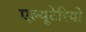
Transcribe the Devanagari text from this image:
एल्यूटेरियो